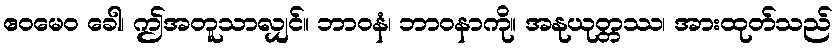
ဧဝမေဝ ခေါ၊ ဤအတူသာလျှင်။ ဘာဝနံ၊ ဘာဝနာကို။ အနုယုတ္တဿ၊ အားထုတ်သည်